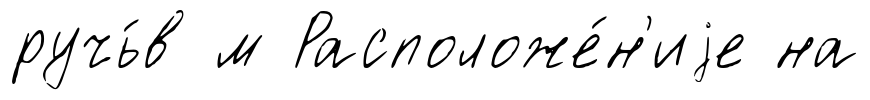
ручь́в м Расположе́н'иjе на